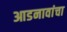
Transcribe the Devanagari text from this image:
आडनावांचा